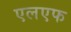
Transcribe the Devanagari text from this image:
एलएफ